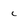
Character: c